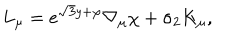
LaTeX: L _ { \mu } = e ^ { \sqrt { 3 } y + \varphi } \nabla _ { \mu } \chi + \sigma _ { 2 } K _ { \mu } ,